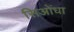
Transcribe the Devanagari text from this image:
सिओंधा